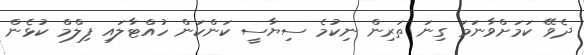
ދެވޭ ކަމަށްވާނަމަ ގިނަ ތަރިން ނިކުމެ ސިޔާސީ ކަންކަން ހުއްޓާލައި ފިލްމް ކުޅެން